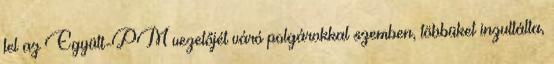
fel az Együtt-PM vezetőjét váró polgárokkal szemben, többüket inzultálta,